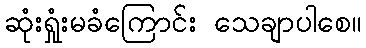
ဆုံးရှုံးမခံကြောင်း သေချာပါစေ။